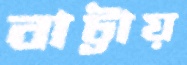
বাট্টায়